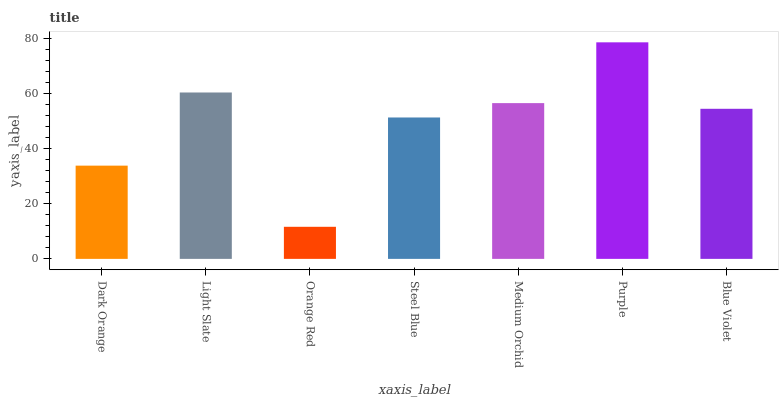
| xaxis_label | bars |
 | --- | --- |
 | Dark Orange | 33.9 |
 | Light Slate | 60.5 |
 | Orange Red | 11.7 |
 | Steel Blue | 51.4 |
 | Medium Orchid | 56.6 |
 | Purple | 78.7 |
 | Blue Violet | 54.6 |